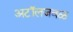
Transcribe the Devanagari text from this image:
अटॉलजवळ